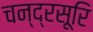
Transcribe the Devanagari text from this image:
चन्द्रसूरि